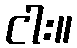
ငါး။